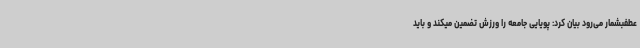
عطفبشمار می‌رود بیان کرد: پویایی جامعه را ورزش تضمین میکند و باید